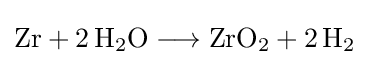
{\mathrm {Zr} {}+{}2\,\mathrm {H} {\vphantom {A}}_{\smash[{t}]{2}}\mathrm {O} {}\mathrel {\longrightarrow } {}\mathrm {ZrO} {\vphantom {A}}_{\smash[{t}]{2}}{}+{}2\,\mathrm {H} {\vphantom {A}}_{\smash[{t}]{2}}}